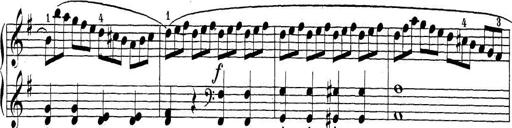
Title: Sonatina Album
Composer: Louis KÃ¶hler